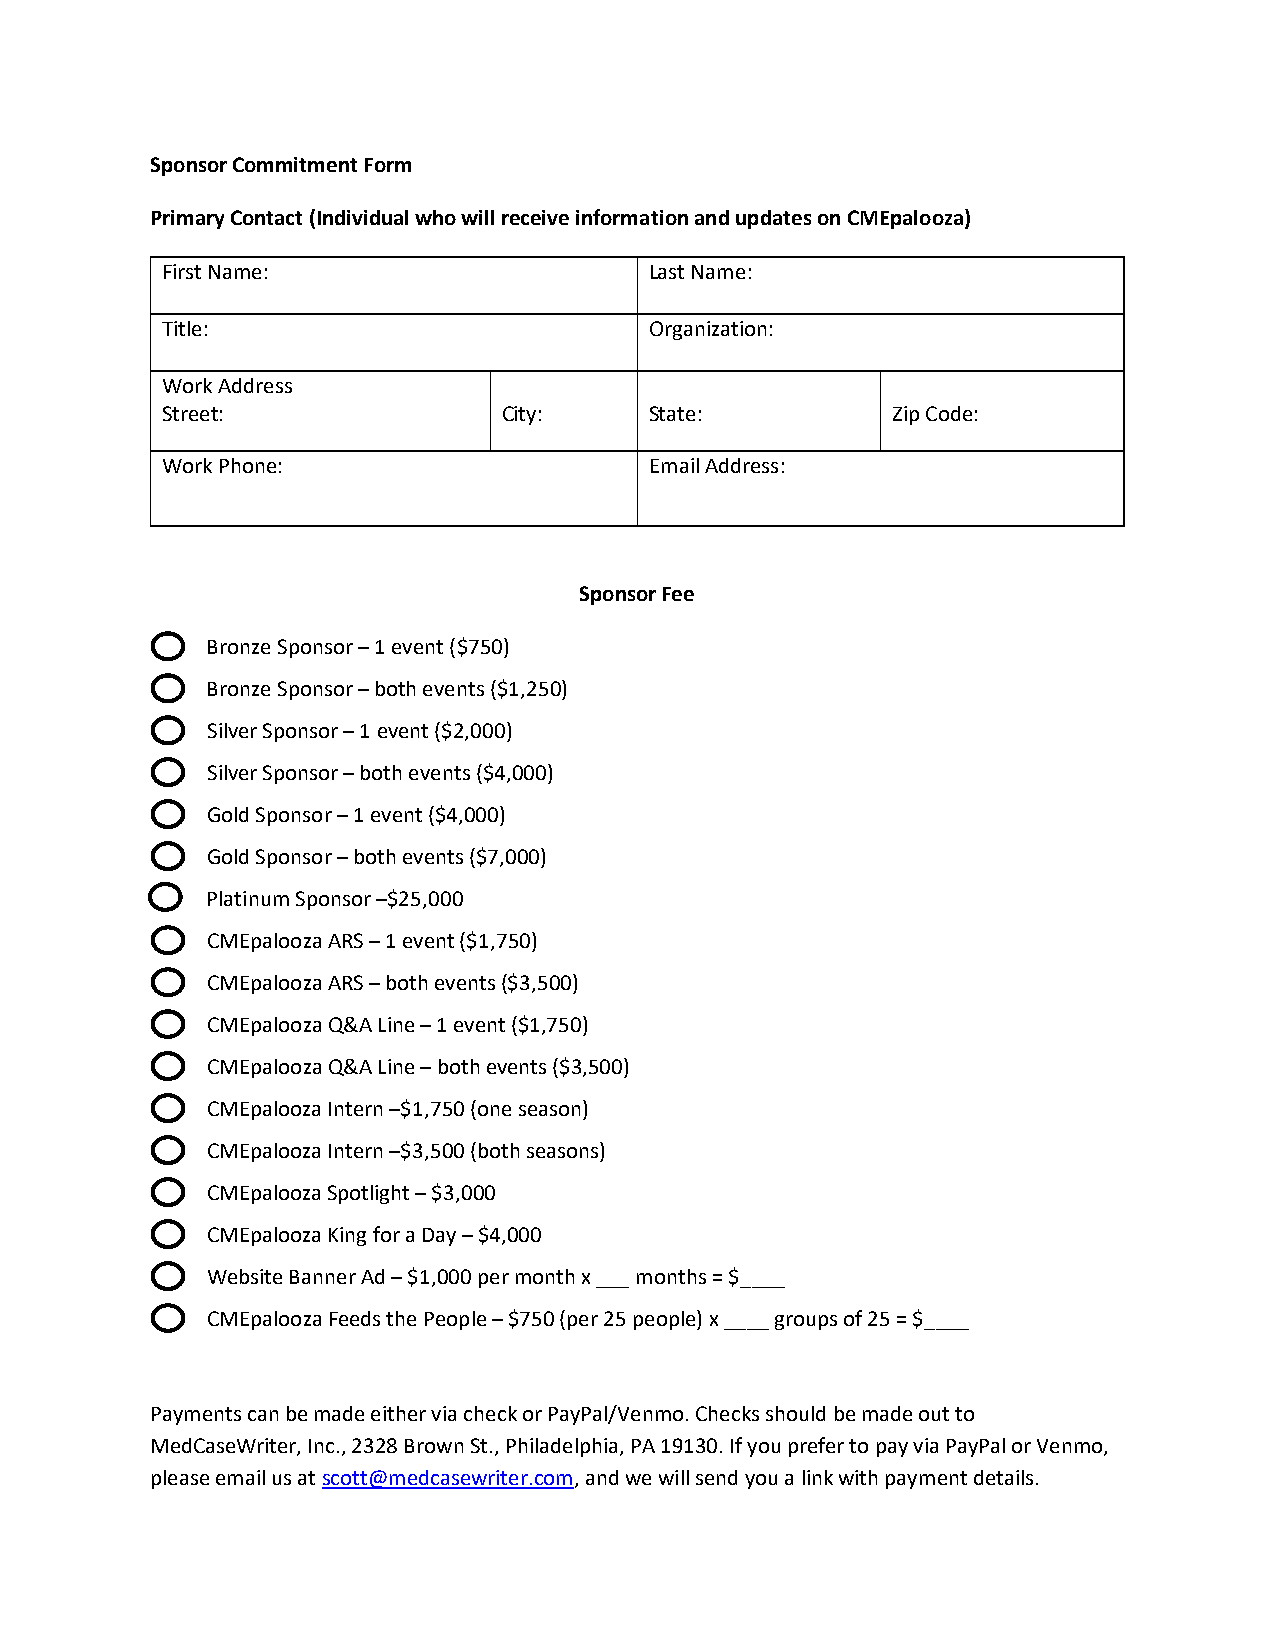
Sponsor Commitment Form
 Primary Contact (Individual who will receive information and updates on CMEpalooza)
 First Name:                     Last Name:
 Title:                          Organization:
 Work Address
 Street:               City:     State:          Zip Code:
 Work Phone:                     Email Address:
 Sponsor Fee
 Bronze Sponsor – 1 event ($750)
 Bronze Sponsor – both events ($1,250)
 Silver Sponsor – 1 event ($2,000)
 Silver Sponsor – both events ($4,000)
 Gold Sponsor – 1 event ($4,000)
 Gold Sponsor – both events ($7,000)
 Platinum Sponsor –$25,000
 CMEpalooza ARS – 1 event ($1,750)
 CMEpalooza ARS – both events ($3,500)
 CMEpalooza Q&A Line – 1 event ($1,750)
 CMEpalooza Q&A Line – both events ($3,500)
 CMEpalooza Intern –$1,750 (one season)
 CMEpalooza Intern –$3,500 (both seasons)
 CMEpalooza Spotlight – $3,000
 CMEpalooza King for a Day – $4,000
 Website Banner Ad – $1,000 per month x ___ months = $____
 CMEpalooza Feeds the People – $750 (per 25 people) x ____ groups of 25 = $____
 Payments can be made either via check or PayPal/Venmo. Checks should be made out to
 MedCaseWriter, Inc., 2328 Brown St., Philadelphia, PA 19130. If you prefer to pay via PayPal or Venmo,
 please email us at scott@medcasewriter.com, and we will send you a link with payment details.